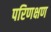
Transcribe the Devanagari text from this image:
परिणक्षण